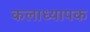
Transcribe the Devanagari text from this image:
कलाध्यापक